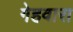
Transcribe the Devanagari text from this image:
गेहवारा